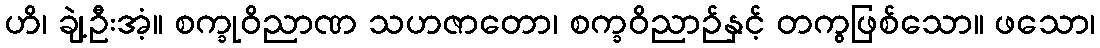
ဟိ၊ ချဲ့ဦးအံ့။ စက္ခုဝိညာဏ သဟဇာတော၊ စက္ခဝိညာဉ်နှင့် တကွဖြစ်သော။ ဖသော၊